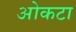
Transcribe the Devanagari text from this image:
ओकटा